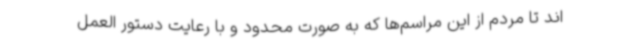
اند تا مردم از این مراسم‌ها که به صورت محدود و با رعایت دستور العمل